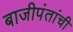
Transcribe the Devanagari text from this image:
बाजीपंतांची